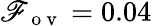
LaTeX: \mathscr{F}_{\mathrm{{~o~v~}}}=0.04